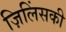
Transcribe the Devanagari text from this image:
ज़िलिंसकी